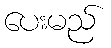
ပေးမည်